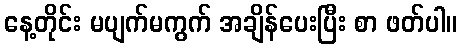
နေ့တိုင်း မပျက်မကွက် အချိန်ပေးပြီး စာ ဖတ်ပါ။